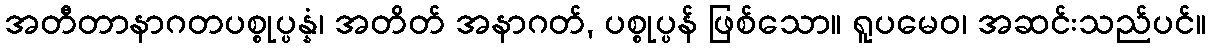
အတီတာနာဂတပစ္စုပ္ပန္နံ၊ အတိတ် အနာဂတ်, ပစ္စုပ္ပန် ဖြစ်သော။ ရူပမေဝ၊ အဆင်းသည်ပင်။